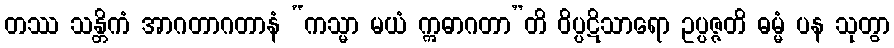
တဿ သန္တိကံ အာဂတာဂတာနံ “ကသ္မာ မယံ ဣဓာဂတာ”တိ ဝိပ္ပဋိသာရော ဥပ္ပဇ္ဇတိ ဓမ္မံ ပန သုတွာ